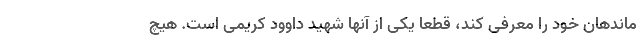
ماندهان خود را معرفی کند، قطعا یکی از آنها شهید داوود کریمی است. هیچ